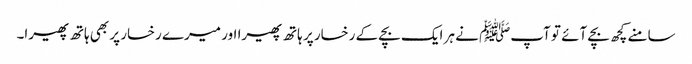
سامنے کچھ بچے آئے تو آپﷺ نے ہر ایک بچے کے رخسار پر ہاتھ پھیرا اور میرے رخسار پر بھی ہاتھ پھیرا۔